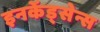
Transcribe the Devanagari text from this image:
इनकेंड्सेन्स